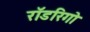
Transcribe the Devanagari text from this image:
रॉडरिगो